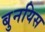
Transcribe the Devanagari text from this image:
बुनयिस